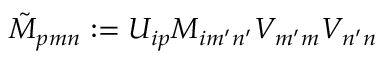
\tilde { M } _ { p m n } : = U _ { i p } M _ { i m ^ { \prime } n ^ { \prime } } V _ { m ^ { \prime } m } V _ { n ^ { \prime } n }